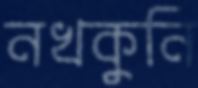
নখকুনি